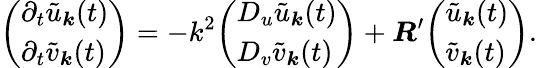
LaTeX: {\left(\begin{array}{l}{\partial_{t}{\tilde{u}}_{\boldsymbol{k}}(t)}\\ {\partial_{t}{\tilde{v}}_{\boldsymbol{k}}(t)}\end{array}\right)}=-k^{2}{\left(\begin{array}{l}{D_{u}{\tilde{u}}_{\boldsymbol{k}}(t)}\\ {D_{v}{\tilde{v}}_{\boldsymbol{k}}(t)}\end{array}\right)}+{\boldsymbol{R}}^{\prime}{\left(\begin{array}{l}{{\tilde{u}}_{\boldsymbol{k}}(t)}\\ {{\tilde{v}}_{\boldsymbol{k}}(t)}\end{array}\right)}.